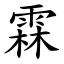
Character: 霖